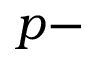
p -